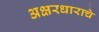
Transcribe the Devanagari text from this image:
अक्षरधाराचे